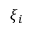
\xi _ { i }